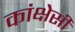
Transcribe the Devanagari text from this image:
कांक्षेसी